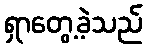
ရှာတွေ့ခဲ့သည်